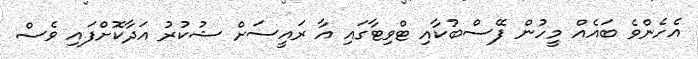
އެހެންވެ ބައެއް މީހުން ފޭސްބުކާއި ޓްވިޓާގައި އާ ރައީސަށް ޝުކުރު އަދާކޮށްފައި ވެސް